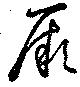
厥